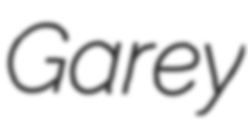
Garey